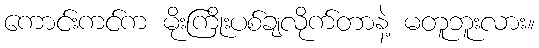
ကောင်းကင်က မိုးကြိုးပစ်ချလိုက်တာနဲ့ မတူဘူးလား။